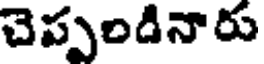
చెప్పండినారు